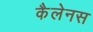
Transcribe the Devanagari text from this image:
कैलेनस